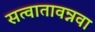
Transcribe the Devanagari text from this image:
सत्वातावन्नवा